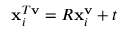
\mathbf { x } _ { i } ^ { T \mathbf { v } } = R \mathbf { x } _ { i } ^ { \mathbf { v } } + t